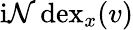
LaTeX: \operatorname{i\mathcal{N}dex}_{x}(v)